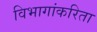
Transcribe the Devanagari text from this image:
विभागांकरिता